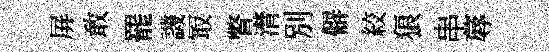
屏敢罷譏冣瞥潸別僻絞狼串蓐